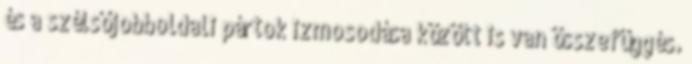
és a szélsőjobboldali pártok izmosodása között is van összefüggés.